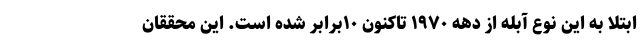
ابتلا به این نوع آبله از دهه ۱۹۷۰ تاکنون ۱۰برابر شده است. این محققان